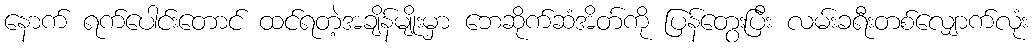
နောက် ရက်ပေါင်းတောင် ထင်ရတဲ့အချိန်မျိုးမှာ ဘေဆိုက်ဆံအိတ်ကို ပြန်တွေးပြီး လမ်းခရီးတစ်လျှောက်လုံး